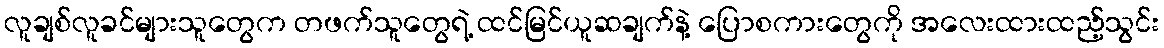
လူချစ်လူခင်များသူတွေက တဖက်သူတွေရဲ့ ထင်မြင်ယူဆချက်နဲ့ ပြောစကားတွေကို အလေးထားထည့်သွင်း